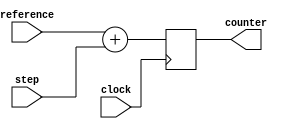
module program_counter(
  input wire [0:31] reference,
  input wire [0:31] step,
  output wire [0:31] counter,

  input wire clock
);

  reg [0:31] memory;
  initial memory <= 32'd0;

  //sequential part
  always @(posedge clock) begin
    memory = reference + step;
  end

  //combinational part
  assign counter = memory;
  
endmodule